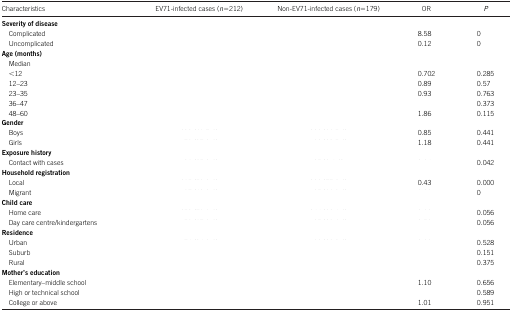
<table><thead><tr><td><b>Characteristics</b></td><td><b>EV71-infected cases (<i>n</i>=212)</b></td><td><b>Non-EV71-infected cases (<i>n</i>=179)</b></td><td><b>OR</b></td><td><b><i>P</i></b></td></tr></thead><tbody><tr><td><b>Severity of disease</b></td><td>[EMPTY_CELL]</td><td>[EMPTY_CELL]</td><td>[EMPTY_CELL]</td><td>[EMPTY_CELL]</td></tr><tr><td> Complicated</td><td>[EMPTY_CELL]</td><td>[EMPTY_CELL]</td><td>8.58</td><td>0</td></tr><tr><td> Uncomplicated</td><td>[EMPTY_CELL]</td><td>[EMPTY_CELL]</td><td>0.12</td><td>0</td></tr><tr><td><b>Age (months)</b></td><td>[EMPTY_CELL]</td><td>[EMPTY_CELL]</td><td>[EMPTY_CELL]</td><td>[EMPTY_CELL]</td></tr><tr><td> Median</td><td>[EMPTY_CELL]</td><td>[EMPTY_CELL]</td><td>[EMPTY_CELL]</td><td>[EMPTY_CELL]</td></tr><tr><td> &lt;12</td><td>[EMPTY_CELL]</td><td>[EMPTY_CELL]</td><td>0.702</td><td>0.285</td></tr><tr><td> 12–23</td><td>[EMPTY_CELL]</td><td>[EMPTY_CELL]</td><td>0.89</td><td>0.57</td></tr><tr><td> 23–35</td><td>[EMPTY_CELL]</td><td>[EMPTY_CELL]</td><td>0.93</td><td>0.763</td></tr><tr><td> 36–47</td><td>[EMPTY_CELL]</td><td>[EMPTY_CELL]</td><td>[EMPTY_CELL]</td><td>0.373</td></tr><tr><td> 48–60</td><td>[EMPTY_CELL]</td><td>[EMPTY_CELL]</td><td>1.86</td><td>0.115</td></tr><tr><td><b>Gender</b></td><td>[EMPTY_CELL]</td><td>[EMPTY_CELL]</td><td>[EMPTY_CELL]</td><td>[EMPTY_CELL]</td></tr><tr><td> Boys</td><td>[EMPTY_CELL]</td><td>[EMPTY_CELL]</td><td>0.85</td><td>0.441</td></tr><tr><td> Girls</td><td>[EMPTY_CELL]</td><td>[EMPTY_CELL]</td><td>1.18</td><td>0.441</td></tr><tr><td><b>Exposure history</b></td><td>[EMPTY_CELL]</td><td>[EMPTY_CELL]</td><td>[EMPTY_CELL]</td><td>[EMPTY_CELL]</td></tr><tr><td> Contact with cases</td><td>[EMPTY_CELL]</td><td>[EMPTY_CELL]</td><td>[EMPTY_CELL]</td><td>0.042</td></tr><tr><td><b>Household registration</b></td><td>[EMPTY_CELL]</td><td>[EMPTY_CELL]</td><td>[EMPTY_CELL]</td><td>[EMPTY_CELL]</td></tr><tr><td> Local</td><td>[EMPTY_CELL]</td><td>[EMPTY_CELL]</td><td>0.43</td><td>0.000</td></tr><tr><td> Migrant</td><td>[EMPTY_CELL]</td><td>[EMPTY_CELL]</td><td>[EMPTY_CELL]</td><td>0</td></tr><tr><td><b>Child care</b></td><td>[EMPTY_CELL]</td><td>[EMPTY_CELL]</td><td>[EMPTY_CELL]</td><td>[EMPTY_CELL]</td></tr><tr><td> Home care</td><td>[EMPTY_CELL]</td><td>[EMPTY_CELL]</td><td>[EMPTY_CELL]</td><td>0.056</td></tr><tr><td> Day care centre/kindergartens</td><td>[EMPTY_CELL]</td><td>[EMPTY_CELL]</td><td>[EMPTY_CELL]</td><td>0.056</td></tr><tr><td><b>Residence</b></td><td>[EMPTY_CELL]</td><td>[EMPTY_CELL]</td><td>[EMPTY_CELL]</td><td>[EMPTY_CELL]</td></tr><tr><td> Urban</td><td>[EMPTY_CELL]</td><td>[EMPTY_CELL]</td><td>[EMPTY_CELL]</td><td>0.528</td></tr><tr><td> Suburb</td><td>[EMPTY_CELL]</td><td>[EMPTY_CELL]</td><td>[EMPTY_CELL]</td><td>0.151</td></tr><tr><td> Rural</td><td>[EMPTY_CELL]</td><td>[EMPTY_CELL]</td><td>[EMPTY_CELL]</td><td>0.375</td></tr><tr><td><b>Mother's education</b></td><td>[EMPTY_CELL]</td><td>[EMPTY_CELL]</td><td>[EMPTY_CELL]</td><td>[EMPTY_CELL]</td></tr><tr><td> Elementary–middle school</td><td>[EMPTY_CELL]</td><td>[EMPTY_CELL]</td><td>1.10</td><td>0.656</td></tr><tr><td> High or technical school</td><td>[EMPTY_CELL]</td><td>[EMPTY_CELL]</td><td>[EMPTY_CELL]</td><td>0.589</td></tr><tr><td> College or above</td><td>[EMPTY_CELL]</td><td>[EMPTY_CELL]</td><td>1.01</td><td>0.951</td></tr></tbody></table>